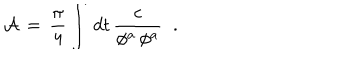
{ \cal A } \, = \, \frac { \pi } { 4 } \int \, d t \, { \frac { c } { \phi ^ { a } \, \phi ^ { a } } } \; \; .